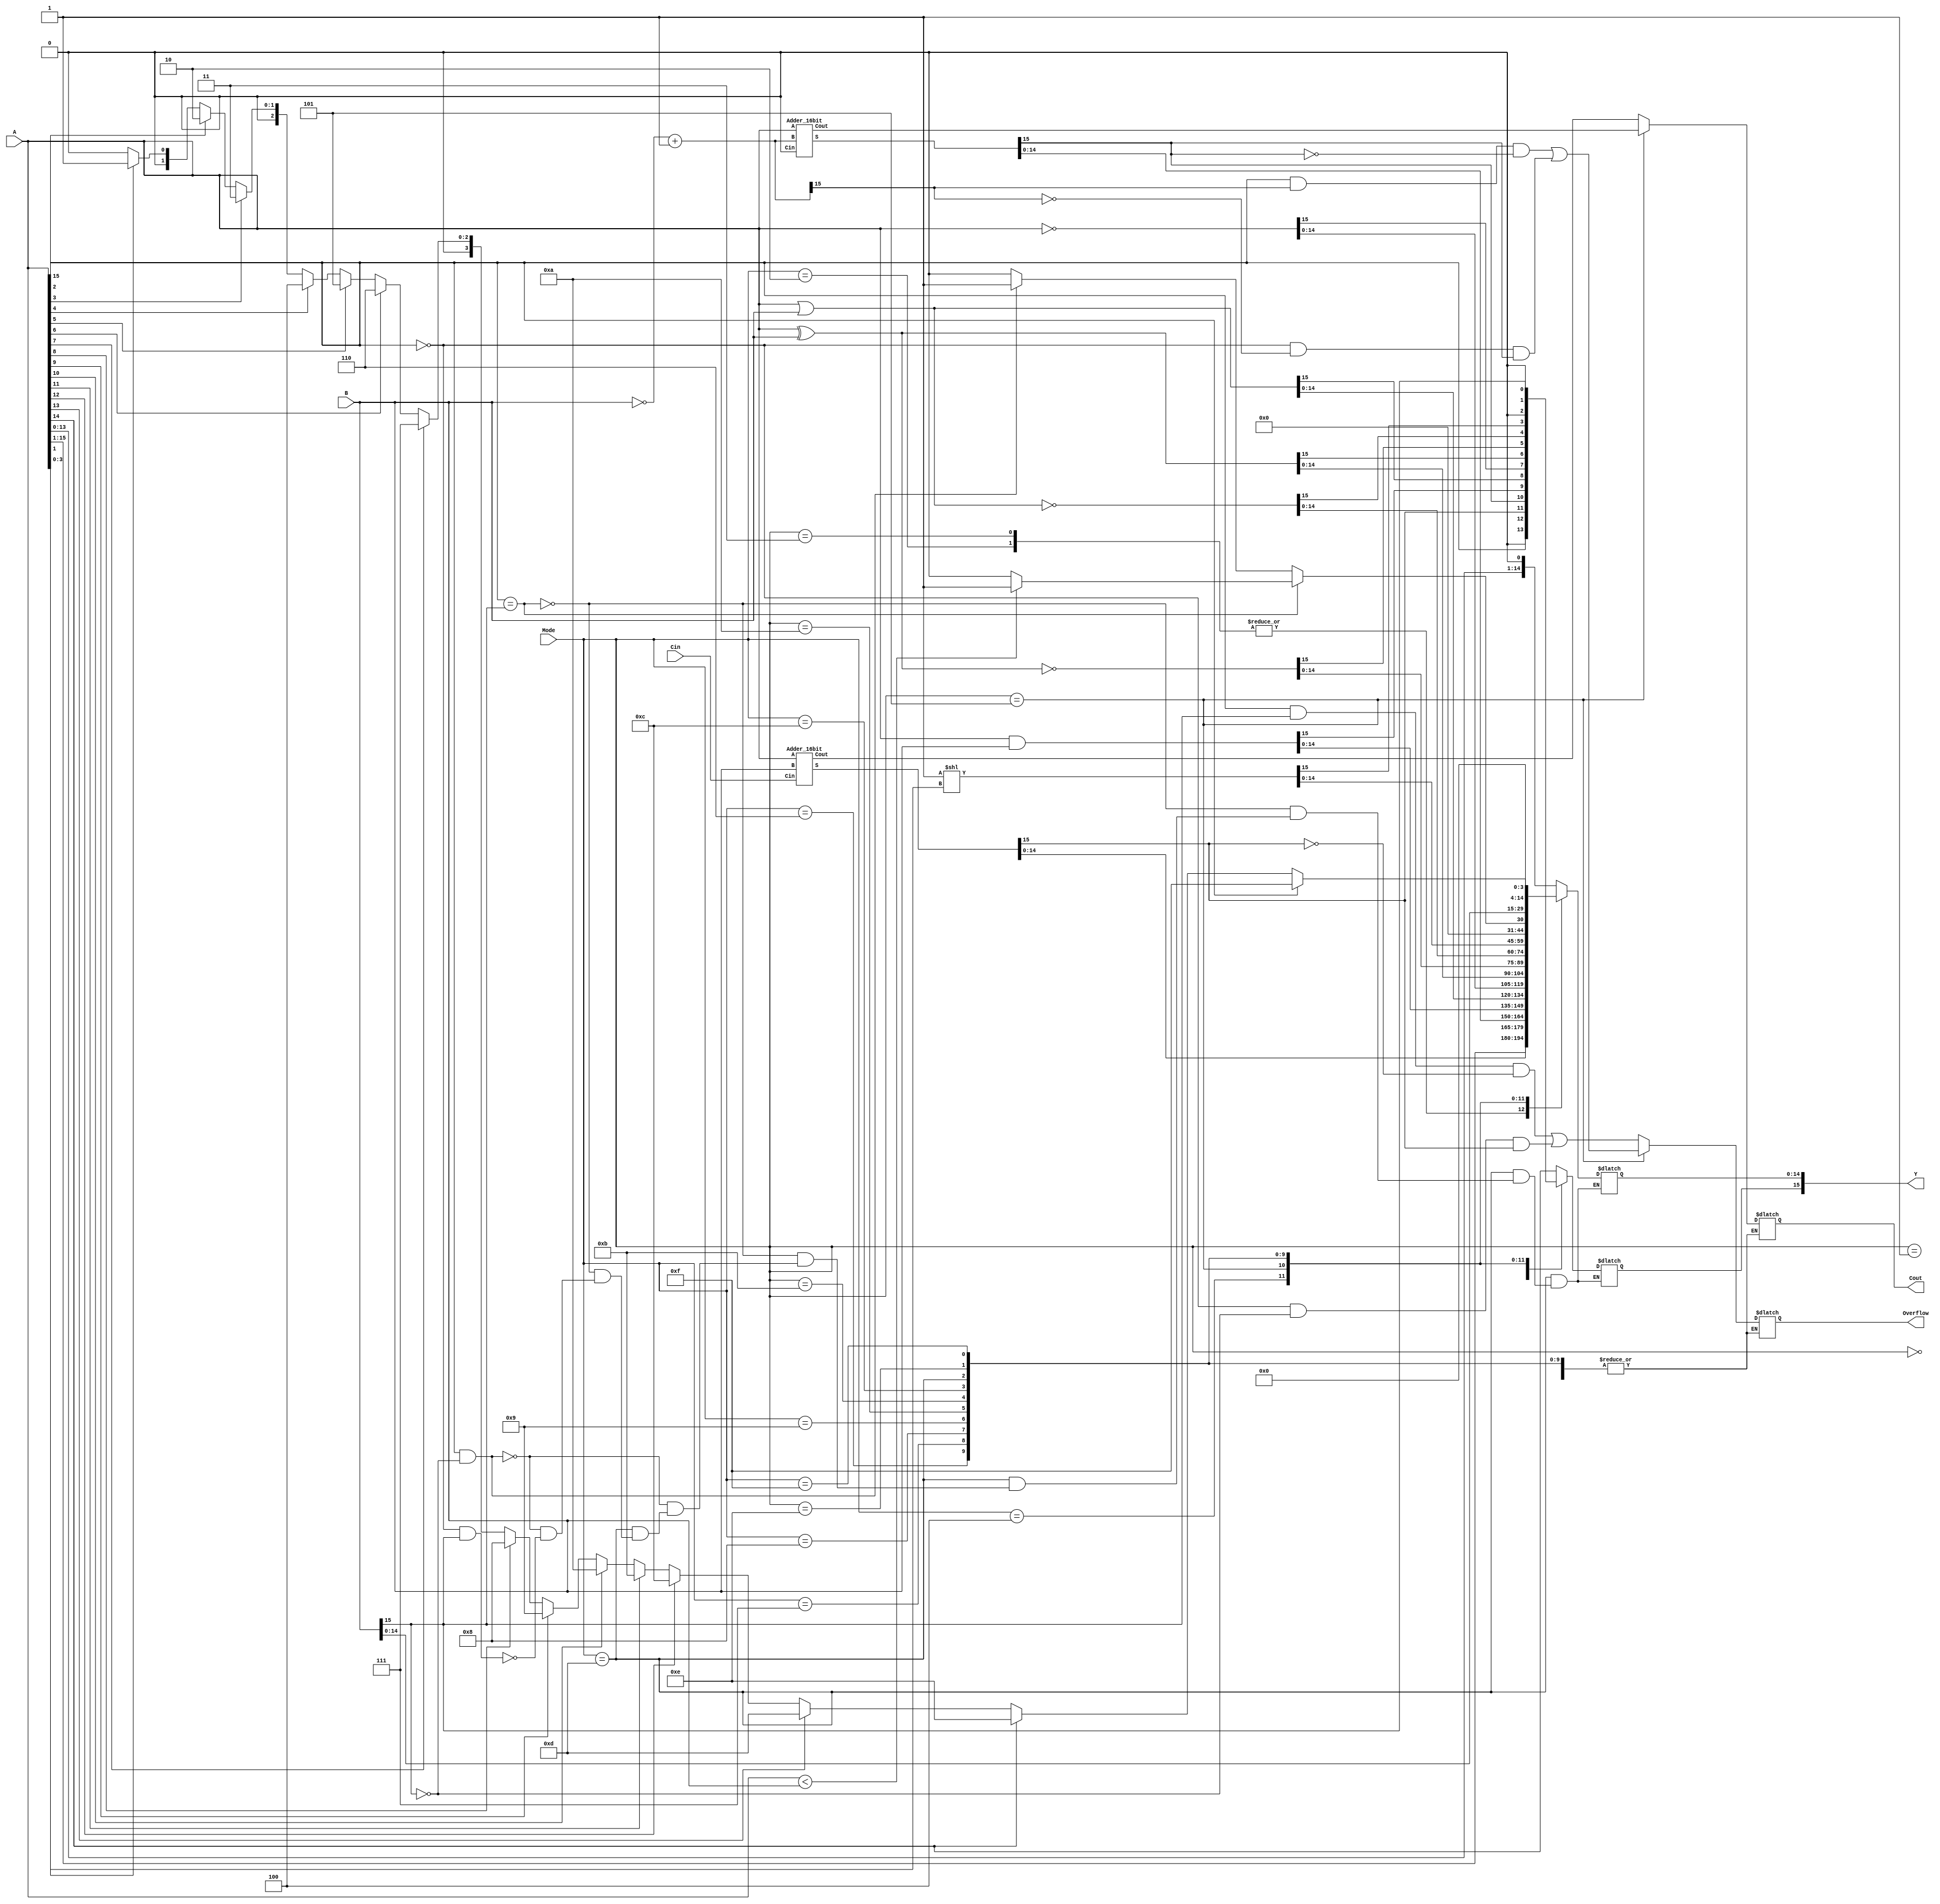
module ALU(A, B, Cin, Mode, Y, Cout, Overflow);

	parameter n = 16;
	parameter m = 4;
	
	input [n - 1: 0] A, B;
	input Cin;
	input [m - 1: 0] Mode;	

	output reg [n - 1: 0] Y;
	output reg Cout;
	output reg Overflow;

	reg [m-1:0] a;

	wire [n-1:0] b;
	assign b=~B+16'b1;
	wire [n-1:0] y1,y2;
	wire Cout1,Cout2;

	Adder_16bit add1(A,B,Cin,y1,Cout1);
	Adder_16bit add2(A,b,1'b0,y2,Cout2);
	
	always@(*)begin
		case(Mode)
			//Logical shift A left by 1-bit.
			4'd0: begin
				Y=A<<1'b1;
			end
			//Arithmetic shift A left by 1-bit.
			4'd1: begin
				Y=A<<<1'b1;
			end
			//Logical shift A right by 1-bit.
			4'd2: begin
				Y=A>>1'b1;
			end
			//Arithmetic shift A right by 1-bit.
			4'd3: begin
				Y=A>>>1'b1;
				Y[15]=Y[14];
			end
			//Add two numbers with cla.
			4'd4: begin
				Y=y1;
				Cout=Cout1;
				Overflow=A[n-1]&B[n-1]&(~Y[n-1])|(~A[n-1])&(~B[n-1])&Y[n-1];
			end
			//Subtract B from A.
			4'd5: begin
				Y=y2;
				Cout=Cout2;
				Overflow=A[n-1]&b[n-1]&(~Y[n-1])|(~A[n-1])&(~b[n-1])&Y[n-1];
			end
			//and
			4'd6: begin
				Y=A&B;
			end
			//or
			4'd7: begin
				Y=A|B;
			end
			//not A
			4'd8: begin
				Y=~A;
			end
			//xor
			4'd9: begin
				Y=A^B;
			end
			//xnor
			4'd10: begin
				Y=~(A^B);
			end
			//nor
			4'd11: begin
				Y=~(A|B);
			end
			//binary to one-hot
			4'd12: begin
				a=A[3:0];
				Y=16'b1<<a;
			end
			//Comparator
			4'd13: begin
				if(A[15]==B[15])
					if(A<B)
						Y=1'b1;
					else
						Y=1'b0;
				else if(A[15]==1'b1 && B[15]==1'b0)
					Y=1'b1;
				else if(A[15]==1'b0 && B[15]==1'b1)
					Y=1'b0;
			end
			//B
			4'd14: begin
				Y=B;
			end
			//find first one from left
			4'd15: begin
				if(A[15]==1'b1)
					Y=4'd15;
				else if(A[14]==1'b1)
					Y=4'd14;
				else if(A[13]==1'b1)
                                        Y=4'd13;
				else if(A[12]==1'b1)
                                        Y=4'd12;
				else if(A[11]==1'b1)
                                        Y=4'd11;
				else if(A[10]==1'b1)
                                        Y=4'd10;
				else if(A[9]==1'b1)
                                        Y=4'd9;
				else if(A[8]==1'b1)
                                        Y=4'd8;
				else if(A[7]==1'b1)
                                        Y=4'd7;
				else if(A[6]==1'b1)
                                        Y=4'd6;
				else if(A[5]==1'b1)
                                        Y=4'd5;
				else if(A[4]==1'b1)
                                        Y=4'd4;
				else if(A[3]==1'b1)
                                        Y=4'd3;
				else if(A[2]==1'b1)
					Y=4'd2;
				else if(A[1]==1'b1)
					Y=4'd1;
				else
					Y=4'd0;
			end
			default: begin
			end
		endcase
	end
endmodule

module CLA_4bit(A, B, Cin, S, Cout);
        parameter n = 4;
        input [n - 1: 0] A, B;
        input Cin;

        output [n - 1: 0] S;
        output Cout;

        wire c1,c2,c3,p0,p1,p2,p3,g0,g1,g2,g3;

        assign p0=A[0]^B[0];
        assign p1=A[1]^B[1];
        assign p2=A[2]^B[2];
        assign p3=A[3]^B[3];
        assign g0=A[0]&B[0];
        assign g1=A[1]&B[1];
        assign g2=A[2]&B[2];
        assign g3=A[3]&B[3];
        assign c1=g0|(p0&Cin);
        assign c2=g1|(p1&g0)|(p1&p0&Cin);
        assign c3=g2|(p2&g1)|(p2&p1&g0)|(p2&p1&p0&Cin);
        assign Cout=g3|(p3&g2)|(p3&p2&g1)|(p3&p2&p1&g0)|(p3&p2&p1&p0&Cin);
        assign S[3]=p3^c3;
        assign S[2]=p2^c2;
        assign S[1]=p1^c1;
        assign S[0]=p0^Cin;

endmodule

module Adder_16bit(A, B, Cin, S, Cout);

        parameter n = 16;
        parameter m = 4;

        input [n - 1: 0] A, B;
        input Cin;

        output [n - 1: 0] S;
        output Cout;

        wire c4,c8,c12;

	CLA_4bit cla1(A[3:0],B[3:0],Cin,S[3:0],c4);
	CLA_4bit cla2(A[7:4],B[7:4],c4,S[7:4],c8);
	CLA_4bit cla3(A[11:8],B[11:8],c8,S[11:8],c12);
	CLA_4bit cla4(A[15:12],B[15:12],c12,S[15:12],Cout);

endmodule